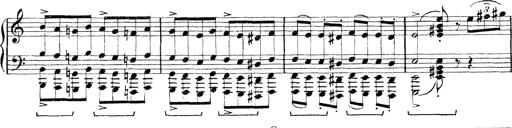
Title: Rapsodie: 19 ungheresi, 1 spagnuola
Composer: Franz Liszt